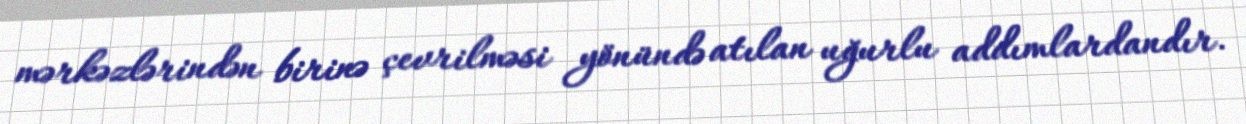
mərkəzlərindən birinə çevrilməsi yönündə atılan uğurlu addımlardandır.